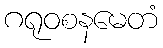
ဂရုဝစနမေတံ